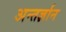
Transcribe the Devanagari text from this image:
अन्तर्ज्ञान